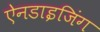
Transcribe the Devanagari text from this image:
ऐनडाइजिंग